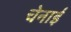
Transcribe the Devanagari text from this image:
चेनाई